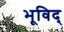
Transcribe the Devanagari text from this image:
भूविद्